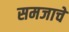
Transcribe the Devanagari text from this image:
समजाचे